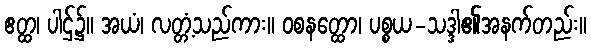
ဧတ္ထ၊ ပါဌ်၌။ အယံ၊ လတ္တံ့သည်ကား။ ဝစနတ္ထော၊ ပစ္စယ-သဒ္ဒါ၏အနက်တည်း။